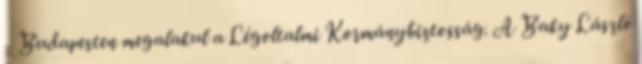
- Budapesten megalakul a Légoltalmi Kormánybiztosság. A Baky László